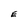
Character: E